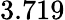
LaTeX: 3.719